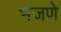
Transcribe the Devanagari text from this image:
भजणे